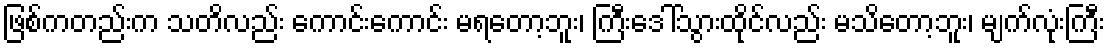
ဖြစ်ကတည်းက သတိလည်း ကောင်းကောင်း မရတော့ဘူး၊ ကြီးဒေါ်သွားထိုင်လည်း မသိတော့ဘူး၊ မျက်လုံးကြီး